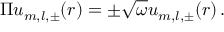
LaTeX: \Pi u _ { m , l , \pm } ( r ) = \pm \sqrt { \omega } u _ { m , l , \pm } ( r ) \, .